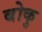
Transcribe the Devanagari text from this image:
बोकु